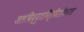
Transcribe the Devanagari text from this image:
जलविद्युतनिर्मितीकरता